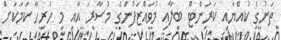
ތަނުގެ ކުއްޔާއި ކަރަންޓް ބިލާއި މުވައްޒަފުންގެ މުސާރަ އާއި މި ހުރިހާ ކަމަކަށް